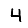
Digit: 4